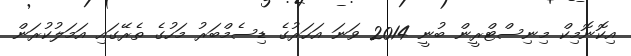
އިކޮނޮމިކް މިނިސްޓްރީން ބުނީ 2014 ވަނަ އަހަރުގެ ޑިސެމްބަރު މަހުގެ ތެރޭގައި އަމަލުކުރަން